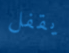
يقفل